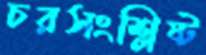
চরসংশ্লিষ্ট